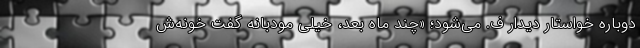
دوباره خواستار دیدار ف. می‌شود؛ «چند ماه بعد، خیلی مودبانه گفت خونه‌ش